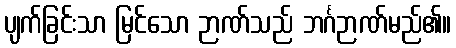
ပျက်ခြင်းသာ မြင်သော ဉာဏ်သည် ဘင်္ဂဉာဏ်မည်၏။